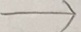
\rightarrow